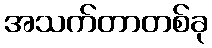
အသက်တာတစ်ခု